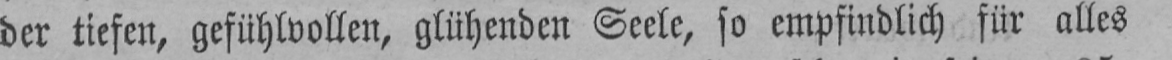
der tiefen, gefühlvollen, glühenden Seele, so empfindlich für alles